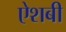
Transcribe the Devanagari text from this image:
ऐशबी